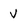
Character: v